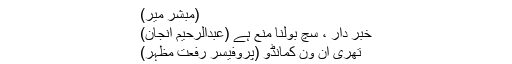
(مبشر میر)
خبر دار ، سچ بولنا منع ہے (عبدالرحیم انجان)
تھری اِن وَن کمانڈو (پروفیسر رفعت مظہر)